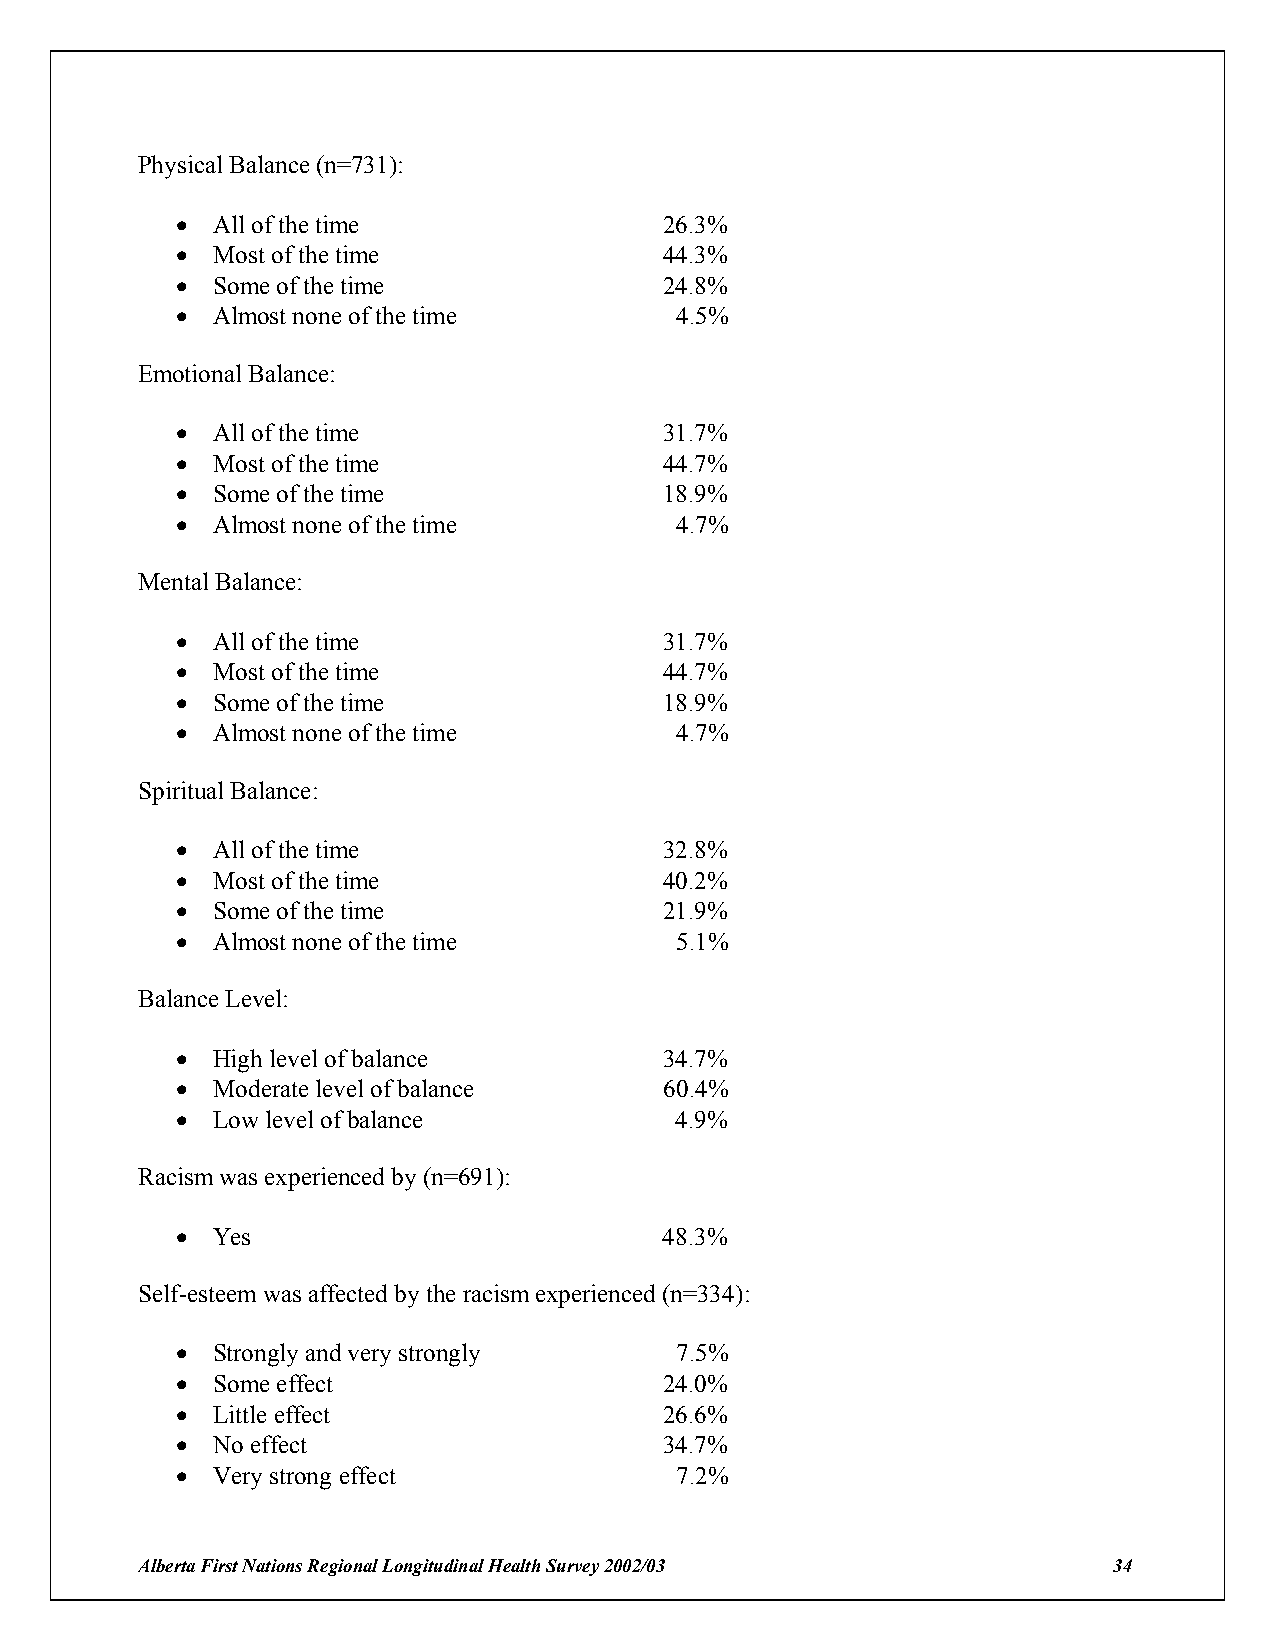
Physical Balance (n=731):
 ! All of the time               26.3%
 ! Most of the time              44.3%
 ! Some of the time              24.8%
 ! Almost none of the time        4.5%
 Emotional Balance:
 ! All of the time               31.7%
 ! Most of the time              44.7%
 ! Some of the time              18.9%
 ! Almost none of the time        4.7%
 Mental Balance:
 ! All of the time               31.7%
 ! Most of the time              44.7%
 ! Some of the time              18.9%
 ! Almost none of the time        4.7%
 Spiritual Balance:
 ! All of the time               32.8%
 ! Most of the time              40.2%
 ! Some of the time              21.9%
 ! Almost none of the time        5.1%
 Balance Level:
 ! High level of balance         34.7%
 ! Moderate level of balance     60.4%
 ! Low level of balance           4.9%
 Racism was experienced by (n=691):
 ! Yes                           48.3%
 Self-esteem was affected by the racism experienced (n=334):
 ! Strongly and very strongly     7.5%
 ! Some effect                   24.0%
 ! Little effect                 26.6%
 ! No effect                     34.7%
 ! Very strong effect             7.2%
 Alberta First Nations Regional Longitudinal Health Survey 2002/03 34